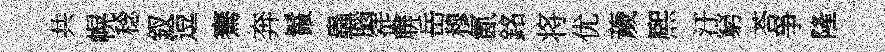
共幌稔釵逗騫奔鬣蟲腦徒聨岳穆氤銘将优薉熈汙窮荅爭隆